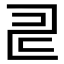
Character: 𠃬